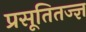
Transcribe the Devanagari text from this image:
प्रसूतितज्ज्ञ